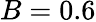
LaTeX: B=0.6